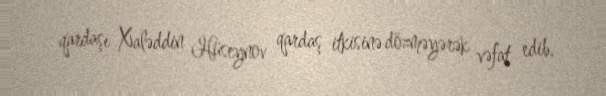
qardaşı Xaləddin Hüseynov qardaş itkisinə dözməyərək vəfat edib.